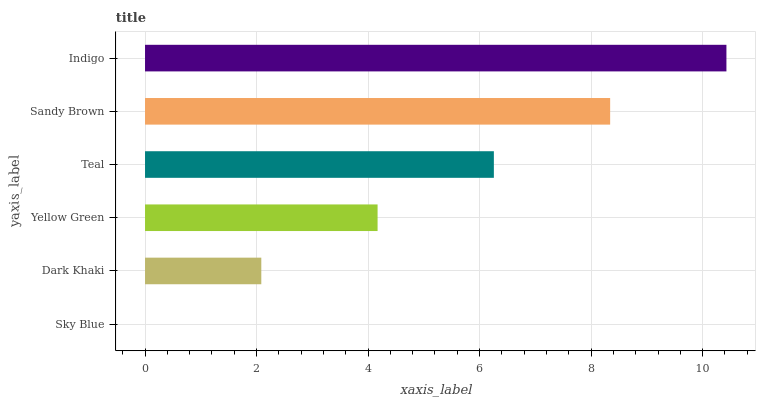
| yaxis_label | bars |
 | --- | --- |
 | Sky Blue | 0 |
 | Dark Khaki | 2.09 |
 | Yellow Green | 4.17 |
 | Teal | 6.26 |
 | Sandy Brown | 8.34 |
 | Indigo | 10.4 |